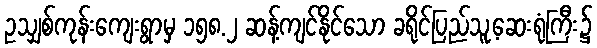
ဥသျှစ်ကုန်းကျေးရွာမှ ၁၅၈.၂ ဆန့်ကျင်နိုင်သော ခရိုင်ပြည်သူ့ဆေးရုံကြီး၌